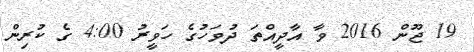
19 ޖޫން 2016 ވާ އާދީއްތަ ދުވަހުގެ ހަވީރު 4:00 ގެ ކުރިން